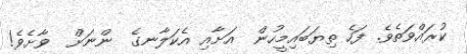
ކުރައްވަތެވެ. ފަހެ ތިޔަބައިމީހުން  އަށާއި އެކަލާނގެ  ންނަށް  ވާށެވެ!